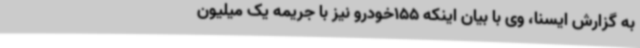
به گزارش ایسنا، وی با بیان اینکه 155خودرو نیز با جریمه یک میلیون